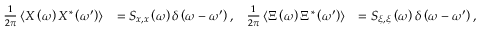
\begin{array} { r l r l } { \frac { 1 } { 2 \pi } \left\langle X \left( \omega \right) X ^ { * } \left( \omega ^ { \prime } \right) \right\rangle } & { = S _ { x , x } \left( \omega \right) \delta \left( \omega - \omega ^ { \prime } \right) , } & { \frac { 1 } { 2 \pi } \left\langle \Xi \left( \omega \right) \Xi ^ { * } \left( \omega ^ { \prime } \right) \right\rangle } & { = S _ { \xi , \xi } \left( \omega \right) \delta \left( \omega - \omega ^ { \prime } \right) , } \end{array}